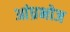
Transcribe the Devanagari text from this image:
आंध्रभोज